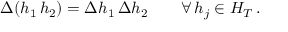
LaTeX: \Delta ( h _ { 1 } \, h _ { 2 } ) = \Delta h _ { 1 } \, \Delta h _ { 2 } \qquad \forall \, h _ { j } \in { \cal H } _ { T } \, .